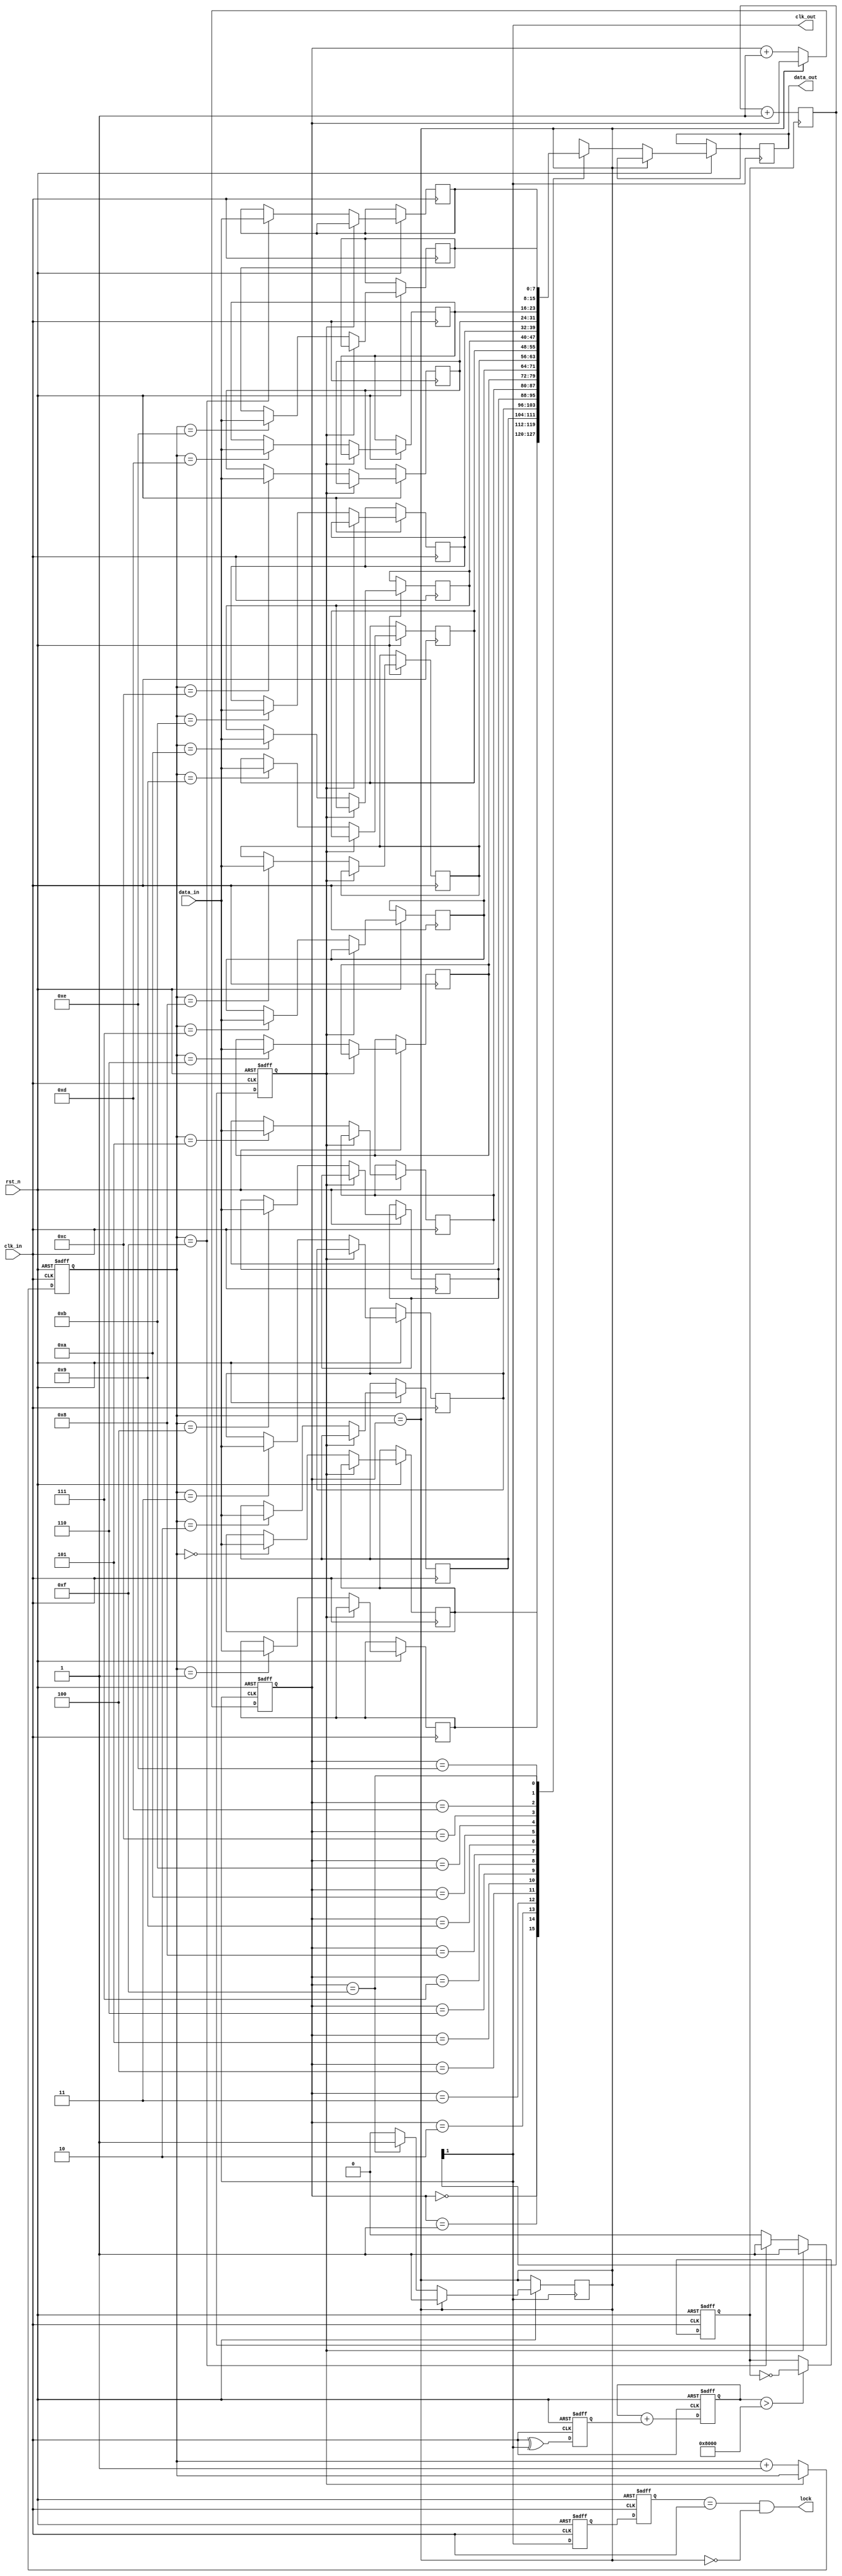
module PLL_Synchronizer (
    input wire clk_in,             // Incoming data clock
    input wire rst_n,              // Active low reset
    input wire [7:0] data_in,      // Data input from the source clock domain
    output wire [7:0] data_out,     // Data output to the destination clock domain
    output wire clk_out,            // Output clock synchronized with incoming clock
    output wire lock                // PLL lock status
);

// Parameters
parameter FIFO_DEPTH = 16;        // Define FIFO depth
parameter CLK_DIV_FACTOR = 2;      // VCO division factor

// Phase Detector
reg phase_det_error;   // Error signal from phase detector
always @(posedge clk_in or negedge rst_n) begin
    if (!rst_n)
        phase_det_error <= 1'b0;
    else
        // Sample incoming data clock and VCO clock (clk_out)
        // Placeholder for phase detection logic
        phase_det_error <= clk_in ^ clk_out; // Simple XOR for example
end

// Loop Filter (PI Controller)
reg [15:0] loop_filter; // Filter output for VCO control
always @(posedge clk_in or negedge rst_n) begin
    if (!rst_n)
        loop_filter <= 16'd0;
    else
        loop_filter <= loop_filter + {15'd0, phase_det_error}; // Simple integrative behavior
end

// Voltage-Controlled Oscillator (VCO)
reg vco_clk; // VCO clock output
always @(posedge clk_in or negedge rst_n) begin
    if (!rst_n)
        vco_clk <= 1'b0;
    else if (loop_filter > 16'h8000) // Increase frequency logic
        vco_clk <= ~vco_clk; // Placeholder for VCO behavior
end

// Output clock divider
reg [1:0] clk_div_counter; // Counter for dividing the VCO output clock
always @(posedge vco_clk) begin
    clk_div_counter <= clk_div_counter + 1'b1;
end

assign clk_out = clk_div_counter[1]; // Clock output (divided)

// Synchronization FIFO
reg [7:0] fifo_mem [0:FIFO_DEPTH-1];
reg [3:0] write_ptr, read_ptr;
reg fifo_empty, fifo_full;

always @(posedge clk_in or negedge rst_n) begin
    if (!rst_n) begin
        write_ptr <= 4'd0;
        fifo_full <= 1'b0;
    end else if (!fifo_full) begin
        fifo_mem[write_ptr] <= data_in;
        write_ptr <= write_ptr + 1'b1;
        if (write_ptr == FIFO_DEPTH-1)
            fifo_full <= 1'b1;
    end
end

assign fifo_empty = (write_ptr == read_ptr);

// Read from FIFO in destination clock domain
always @(posedge clk_out or negedge rst_n) begin
    if (!rst_n)
        read_ptr <= 4'd0;
    else if (!fifo_empty) begin
        data_out <= fifo_mem[read_ptr];
        read_ptr <= read_ptr + 1'b1;
        if (read_ptr == FIFO_DEPTH-1)
            fifo_empty <= 1'b1;
    end
end

// Meta-stability handling
reg sync_ff1, sync_ff2;
always @(posedge clk_in or negedge rst_n) begin
    if (!rst_n) begin
        sync_ff1 <= 1'b0;
        sync_ff2 <= 1'b0;
    end else begin
        sync_ff1 <= clk_out; // Synchronizing signal
        sync_ff2 <= sync_ff1;
    end
end

// PLL lock status logic
assign lock = (sync_ff2 == clk_in) && !fifo_empty; // Simple locking condition

endmodule